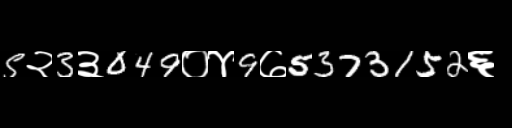
Text: 5२3३049०४9७5373152६